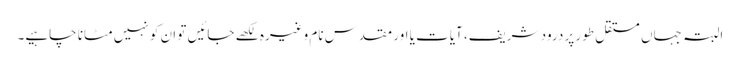
البتہ جہاں مستقل طور پر درود شریف، آیات یا اور مقدس نام وغیرہ لکھے جائیں تو ان کو نہیں مٹانا چاہیے۔